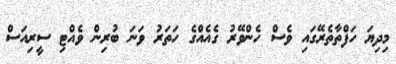
މިދިޔަ ހަފްތާތެރޭގައި ވެސް ހެންވޭރު ގެއެއްގެ ހަތަރު ވަނަ ބުރިން ވެއްޓި ސީރިއަސް